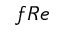
f R e